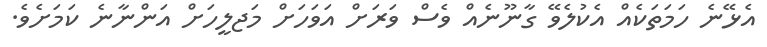
އެޅޭނެ ހަމަތަކެއް އެކުލެވޭ ގާނޫނެއް ވެސް ވަރަށް އަވަހަށް މަޖލީހަށް އަންނާނެ ކަމަށެވެ.